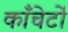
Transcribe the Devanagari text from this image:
काँचेर्टो